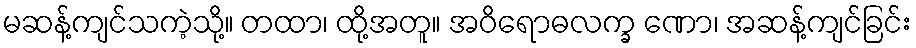
မဆန့်ကျင်သကဲ့သို့။ တထာ၊ ထို့အတူ။ အဝိရောဓလက္ခ ဏော၊ အဆန့်ကျင်ခြင်း